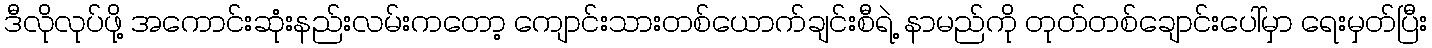
ဒီလိုလုပ်ဖို့ အကောင်းဆုံးနည်းလမ်းကတော့ ကျောင်းသားတစ်ယောက်ချင်းစီရဲ့ နာမည်ကို တုတ်တစ်ချောင်းပေါ်မှာ ရေးမှတ်ပြီး